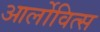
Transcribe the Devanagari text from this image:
आर्लोवित्स